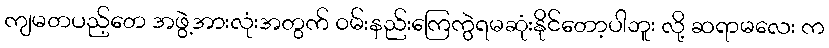
ကျမတပည့်တေ အဖွဲ့အားလုံးအတွက် ဝမ်းနည်းကြေကွဲရမဆုံးနိုင်တော့ပါဘူး လို့ ဆရာမလေး က